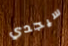
سيجدي